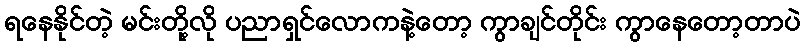
ရနေနိုင်တဲ့ မင်းတို့လို ပညာရှင်လောကနဲ့တော့ ကွာချင်တိုင်း ကွာနေတော့တာပဲ